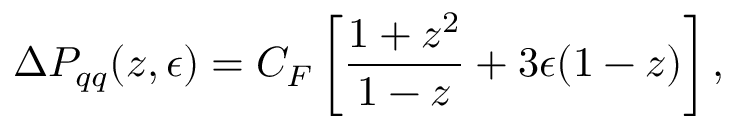
\Delta P _ { q q } ( z , \epsilon ) = C _ { F } \left[ \frac { 1 + z ^ { 2 } } { 1 - z } + 3 \epsilon ( 1 - z ) \right] ,